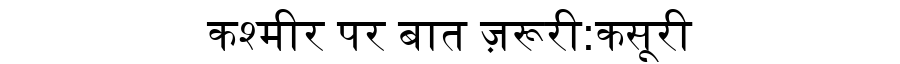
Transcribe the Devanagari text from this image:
कश्मीर पर बात ज़रूरी:कसूरी